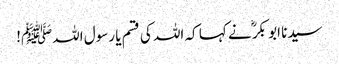
سیدنا ابو بکرؓ نے کہا کہ اللہ کی قسم یا رسول اللہﷺ!